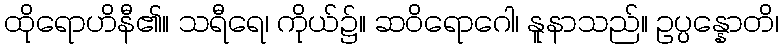
ထိုရောဟိနီ၏။ သရီရေ၊ ကိုယ်၌။ ဆဝိရောဂေါ၊ နူနာသည်။ ဥပ္ပန္နောတိ၊